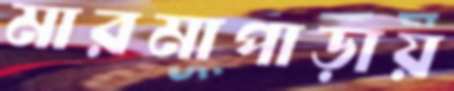
মারমাপাড়ায়